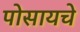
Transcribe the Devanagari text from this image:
पोसायचे